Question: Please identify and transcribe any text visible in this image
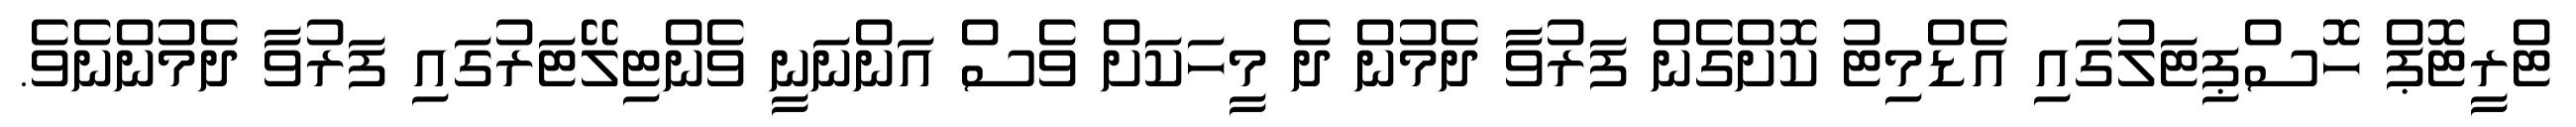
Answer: ޓްރީޓޮޕް ހޮސްޕިޓަލުގައި އެޑްމިޓު ކޮށްގެން ފަރުވާ ދެމުން ދެ މީހަކަށް ވެސް އަންނަނީ ވެންޓިލޭޓަރުގައި ފަރުވާ ދެމުންނެވެ.